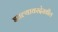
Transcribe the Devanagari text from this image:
झाल्यावरदेखील